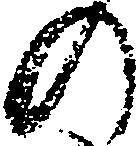
の